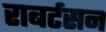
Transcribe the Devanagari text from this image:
राबर्टसन